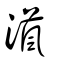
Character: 𤀘